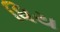
ધિય